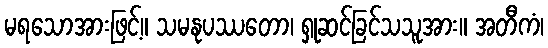
မရသောအားဖြင့်။ သမနုပဿတော၊ ရှုဆင်ခြင်သသူအား။ အတီကံ၊